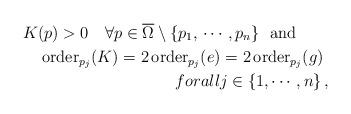
LaTeX: \begin{align*}K(p)>0\quad\forall p\in\overline{\Omega}\setminus\{ p_1,\,\cdots\, , p_n\}\ \ \mathrm{and}\qquad\\\mathrm{order}_{p_j}(K) =2\,\mathrm{order}_{p_j}(e)=2\,\mathrm{order}_{p_j}(g)\ \\forall j\in\{1,\cdots ,n\}\, ,\end{align*}